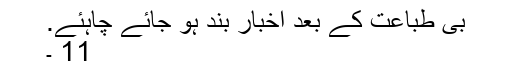
بی طباعت کے بعد اخبار بند ہو جائے چاہئے.
11 ۔